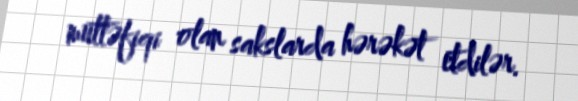
müttəfiqi olan sakslarda hərəkət etdilər.